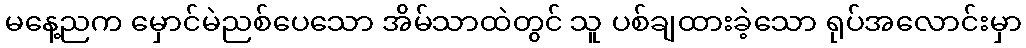
မနေ့ညက မှောင်မဲညစ်ပေသော အိမ်သာထဲတွင် သူ ပစ်ချထားခဲ့သော ရုပ်အလောင်းမှာ